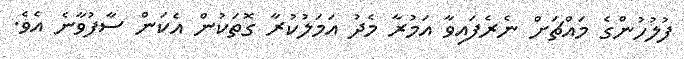
ފުލުހުންގެ މައްޗަށް ނެރެފައިވާ އަމުރާ މެދު އަމަލުކުރާ ގޮތަކުން އެކަން ސާފުވާނެ އެވެ.